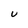
Character: u